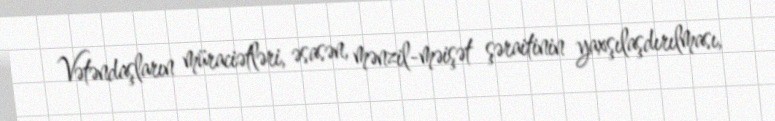
Vətəndaşların müraciətləri, əsasən, mənzil-məişət şəraitinin yaxşılaşdırılması,